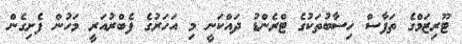
ޓޫރިޒަމްގެ ތަފާސް ހިސާބުތަކުގެ ޓްރެންޑު ދައްކަނީ މި އަހަރުގެ ފެބްރުއަރީ މަހުން ފެށިގެން